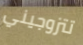
تتزوجيني